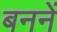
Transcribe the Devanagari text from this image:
बननें